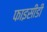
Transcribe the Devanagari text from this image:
फाइसीडी